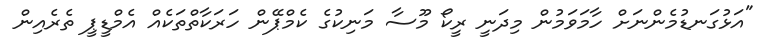
"އަޅުގަނޑުމެންނަށް ހާމަވަމުން މިދަނީ ރީކޯ މޫސާ މަނިކުގެ ކެމްޕޭން ހަރަކާތްތަކެއް އެމްޑީޕީ ތެރެއިން